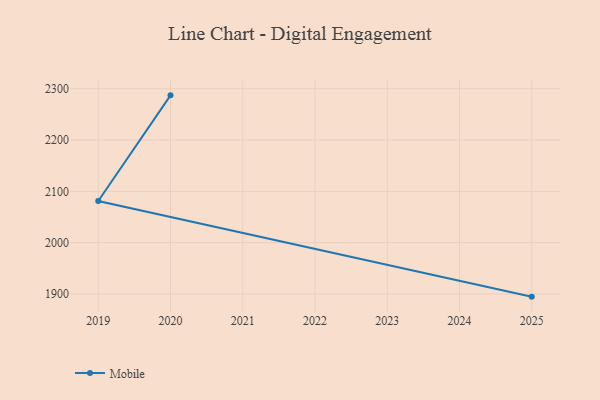
{"axis": {"x": "Year", "y": "Gross Profit (USD K)"}, "legend": ["Mobile"], "data": [{"x": "2020", "y": 2287.1, "type": "Mobile"}, {"x": "2019", "y": 2081.1, "type": "Mobile"}, {"x": "2025", "y": 1894.8, "type": "Mobile"}]}